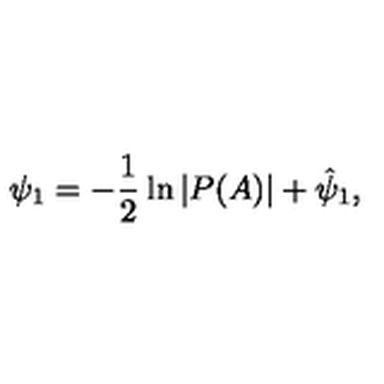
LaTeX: \psi _ { 1 } = - \frac { 1 } { 2 } \ln | P ( A ) | + \hat { \psi } _ { 1 } ,